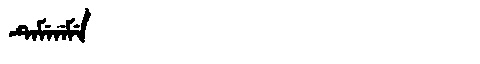
Manchu: ᡨᡝᠮᡝᠨᡝᠮᡝ
Romanization: TEMENEME